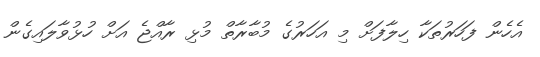
އެހެން ފަހަރުތަކާ ހިލާފަށް މި އަހަރުގެ މުބާރާތް މުޅި ރާއްޖެ އަށް ހުޅުވާލައިގެން